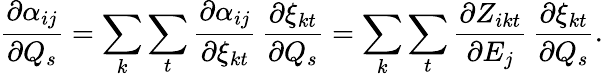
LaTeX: \frac{\partial{\alpha_{ij}}}{\partial Q_{s}}=\sum_{k}\sum_{t}\frac{\partial{\alpha_{ij}}}{\partial\xi_{kt}}\, \frac{\partial{\xi_{kt}}}{\partial Q_{s}}=\sum_{k}\sum_{t}\frac{\partial Z_{ikt}}{\partial E_{j}}\, \frac{\partial{\xi_{kt}}}{\partial Q_{s}}.